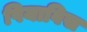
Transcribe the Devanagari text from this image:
पियाविस